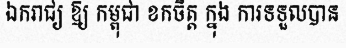
ឯករាជ្យ ឱ្យ កម្ពុជា ខកចិត្ត ក្នុង ការទទួលបាន